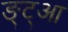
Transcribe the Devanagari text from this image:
ङ्ट्आ